Annual report of the Punjab Veterinary College and of the Civil Veterinary Department, Punjab - 1909-1919
Year: 1909
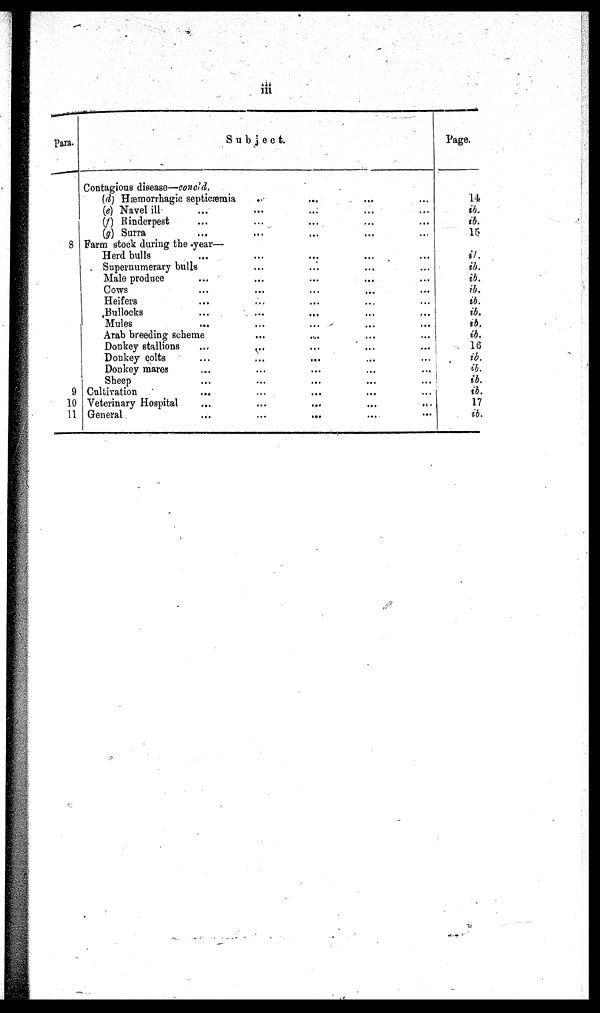
iii
Para.
8
9
10
11
Subject.
Contagious disease—concld.
(d) Hæmorrhagic septicæmia
(e) Navel ill ...
(f) Rinderpest ...
(g) Surra ...
..
...
...
...
...
...
...
...
...
...
...
...
...
...
...
...
Farm stock during the year—
Herd bulls ...
Supernumerary bulls
Male produce ...
Cows ...
Heifers ...
Bullocks ...
Mules ...
Arab breeding scheme
Donkey stallions ...
Donkey colts ...
Donkey mares ...
Sheep ...
Cultivation ...
Veterinary Hospital ...
General ...
...
...
...
...
...
...
...
...
...
...
...
...
...
...
...
...
...
...
...
...
...
...
...
...
...
...
...
...
...
...
...
...
...
...
...
...
...
...
...
...
...
...
...
...
...
...
...
...
...
...
...
...
...
...
...
...
...
...
...
...
Page.
14
ib.
ib.
15
ib.
ib.
ib.
ib.
ib.
ib.
ib.
ib.
16
ib.
ib.
ib.
ib.
17
ib.